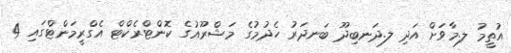
އުތީމު ލ.މާވަށް އަދި ލ.ދަނބިދޫ ބަނދަރު ހެދުމުގެ މަޝްރޫއުގެ ކޮންޓްރެކްޓް އެގްރީމަންޓްގައި 4